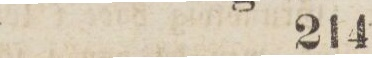
214